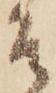
そ